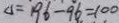
\Delta = 1 9 6 - 9 6 = 1 0 0